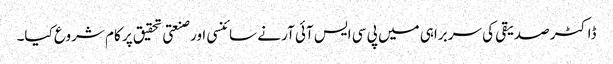
ڈاکٹر صدیقی کی سربراہی میں پی سی ایس آئی آر نے سائنسی اور صنعتی تحقیق پر کام شروع کیا۔